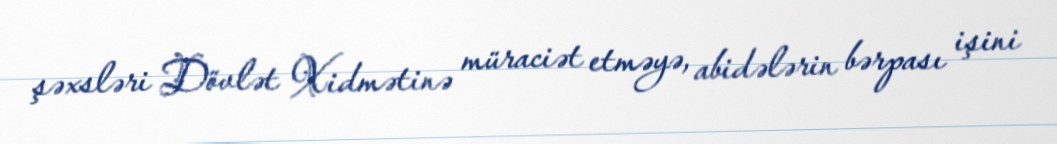
şəxsləri Dövlət Xidmətinə müraciət etməyə, abidələrin bərpası işini